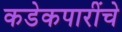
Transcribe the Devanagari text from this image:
कडेकपारींचे